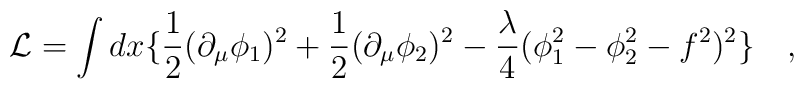
\mathcal{L} = \int dx \{\frac{1}{2}(\partial_\mu\phi_1)^2 +\frac{1}{2}(\partial_\mu\phi_2)^2 - \frac{\lambda}{4}(\phi_1^2-\phi_2^2-f^2)^2 \}\quad,